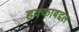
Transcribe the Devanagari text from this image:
हक्काबद्दल